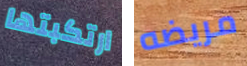
ارتكبتها مريضه